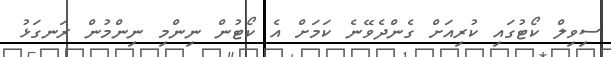
ސިވިލް ކޯޓުގައި ކުރިއަށް ގެންދެވޭނެ ކަމަށް އެ ކޯޓުން ނިންމި ނިންމުން ރަނގަޅު